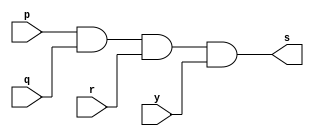
// Exercicio08 - AND  
// Nome: Roger Rubens Machado 

// -- and gate

module andgate(output s, input p, input q, input r, input y);
 assign s = p & q & r & y;
endmodule // andgate

module testandgate;
 reg a, b, c, d;
 wire s;
 
andgate AND(s, a, b, c, d);

initial begin: start
	a = 0;
	b = 0;
	c = 0;
	d = 0;
end

initial begin: main
	$display("Exercicio0008 - Roger Rubens Machado - 430533"); 
	$display("Test AND gate"); 
	$display("\na &  b & c & d = s\n"); 
		a = 0; b = 0; c = 0; 
	$monitor("%b & %b & %b & %b = %b", a, b, c, d, s); 
		#1 a = 0; b = 0; c = 0; d = 0;
		#1 a = 1; b = 0; c = 0; d = 0;
		#1 a = 0; b = 1; c = 0; d = 0;
		#1 a = 1; b = 1; c = 0; d = 0;
		#1 a = 0; b = 0; c = 1; d = 0;
		#1 a = 1; b = 0; c = 1; d = 0;
		#1 a = 0; b = 1; c = 1; d = 0;
		#1 a = 1; b = 1; c = 1; d = 0;
		#1 a = 0; b = 0; c = 0; d = 1;
		#1 a = 1; b = 0; c = 0; d = 1;
		#1 a = 0; b = 1; c = 0; d = 1;
		#1 a = 1; b = 1; c = 0; d = 1;
		#1 a = 0; b = 0; c = 1; d = 1;
		#1 a = 1; b = 0; c = 1; d = 1;
		#1 a = 0; b = 1; c = 1; d = 1;
		#1 a = 1; b = 1; c = 1; d = 1;
end 
endmodule // testandgate